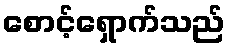
စောင့်ရှောက်သည်